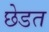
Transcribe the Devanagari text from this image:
छेडत